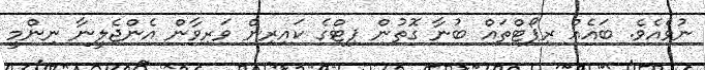
ނުވެއެވެ. ބައެއް ރިޕޯޓްތައް ބުނާ ގޮތުން ޕިޓްގެ ކައިރިން ވަރިވާން އެންޖެލީނާ ނިންމީ